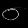
Digit: ၀